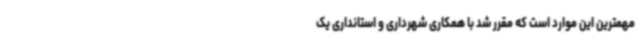
مهمترین این موارد است که مقرر شد با همکاری شهرداری و استانداری یک